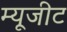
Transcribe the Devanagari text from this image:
म्यूजीट